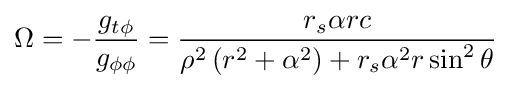
\Omega =-{\frac {g_{t\phi }}{g_{\phi \phi }}}={\frac {r_{s}\alpha rc}{\rho ^{2}\left(r^{2}+\alpha ^{2}\right)+r_{s}\alpha ^{2}r\sin ^{2}\theta }}